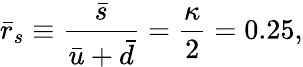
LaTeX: \bar{r}_{s}\equiv\frac{\bar{s}}{\bar{u}+\bar{d}}=\frac{\kappa}{2}=0.25,